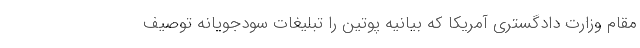
مقام وزارت دادگستری آمریکا که بیانیه پوتین را تبلیغات سودجویانه توصیف